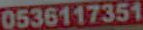
0536117351